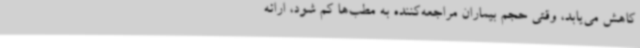
کاهش می‌یابد، وقتی حجم بیماران مراجعه‌کننده به مطب‌ها کم شود، ارائه